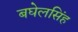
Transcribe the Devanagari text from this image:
बघेलसिंह